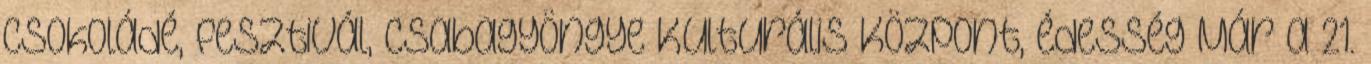
csokoládé, fesztivál, Csabagyöngye Kulturális Központ, édesség Már a 21.